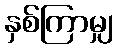
နှစ်ကြာမျှ